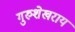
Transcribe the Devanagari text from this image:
गुरुशेखराय